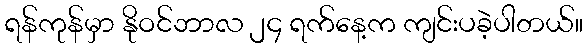
ရန်ကုန်မှာ နိုဝင်ဘာလ ၂၄ ရက်နေ့က ကျင်းပခဲ့ပါတယ်။